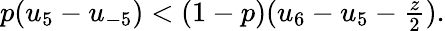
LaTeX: \begin{array}{r}{p(u_{5}-u_{-5})<(1-p)(u_{6}-u_{5}-\frac{z}{2}).}\end{array}